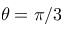
\theta = \pi / 3